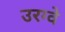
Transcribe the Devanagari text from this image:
उरग्वे